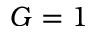
G = 1